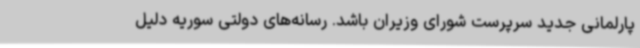
پارلمانی جدید سرپرست شورای وزیران باشد. رسانه‌های دولتی سوریه دلیل